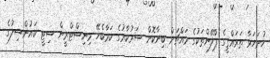
ހުށަހަޅާ ތަރައްޤީގެ ޕްލޭންތަކުގެ މައްޗަށް ބިނާކޮށް ސަރުކާރުގެ ކަމާބެހޭ މިނިސްޓްރީން ސިޓީ ކައުންސިލުގެ